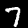
Digit: 7